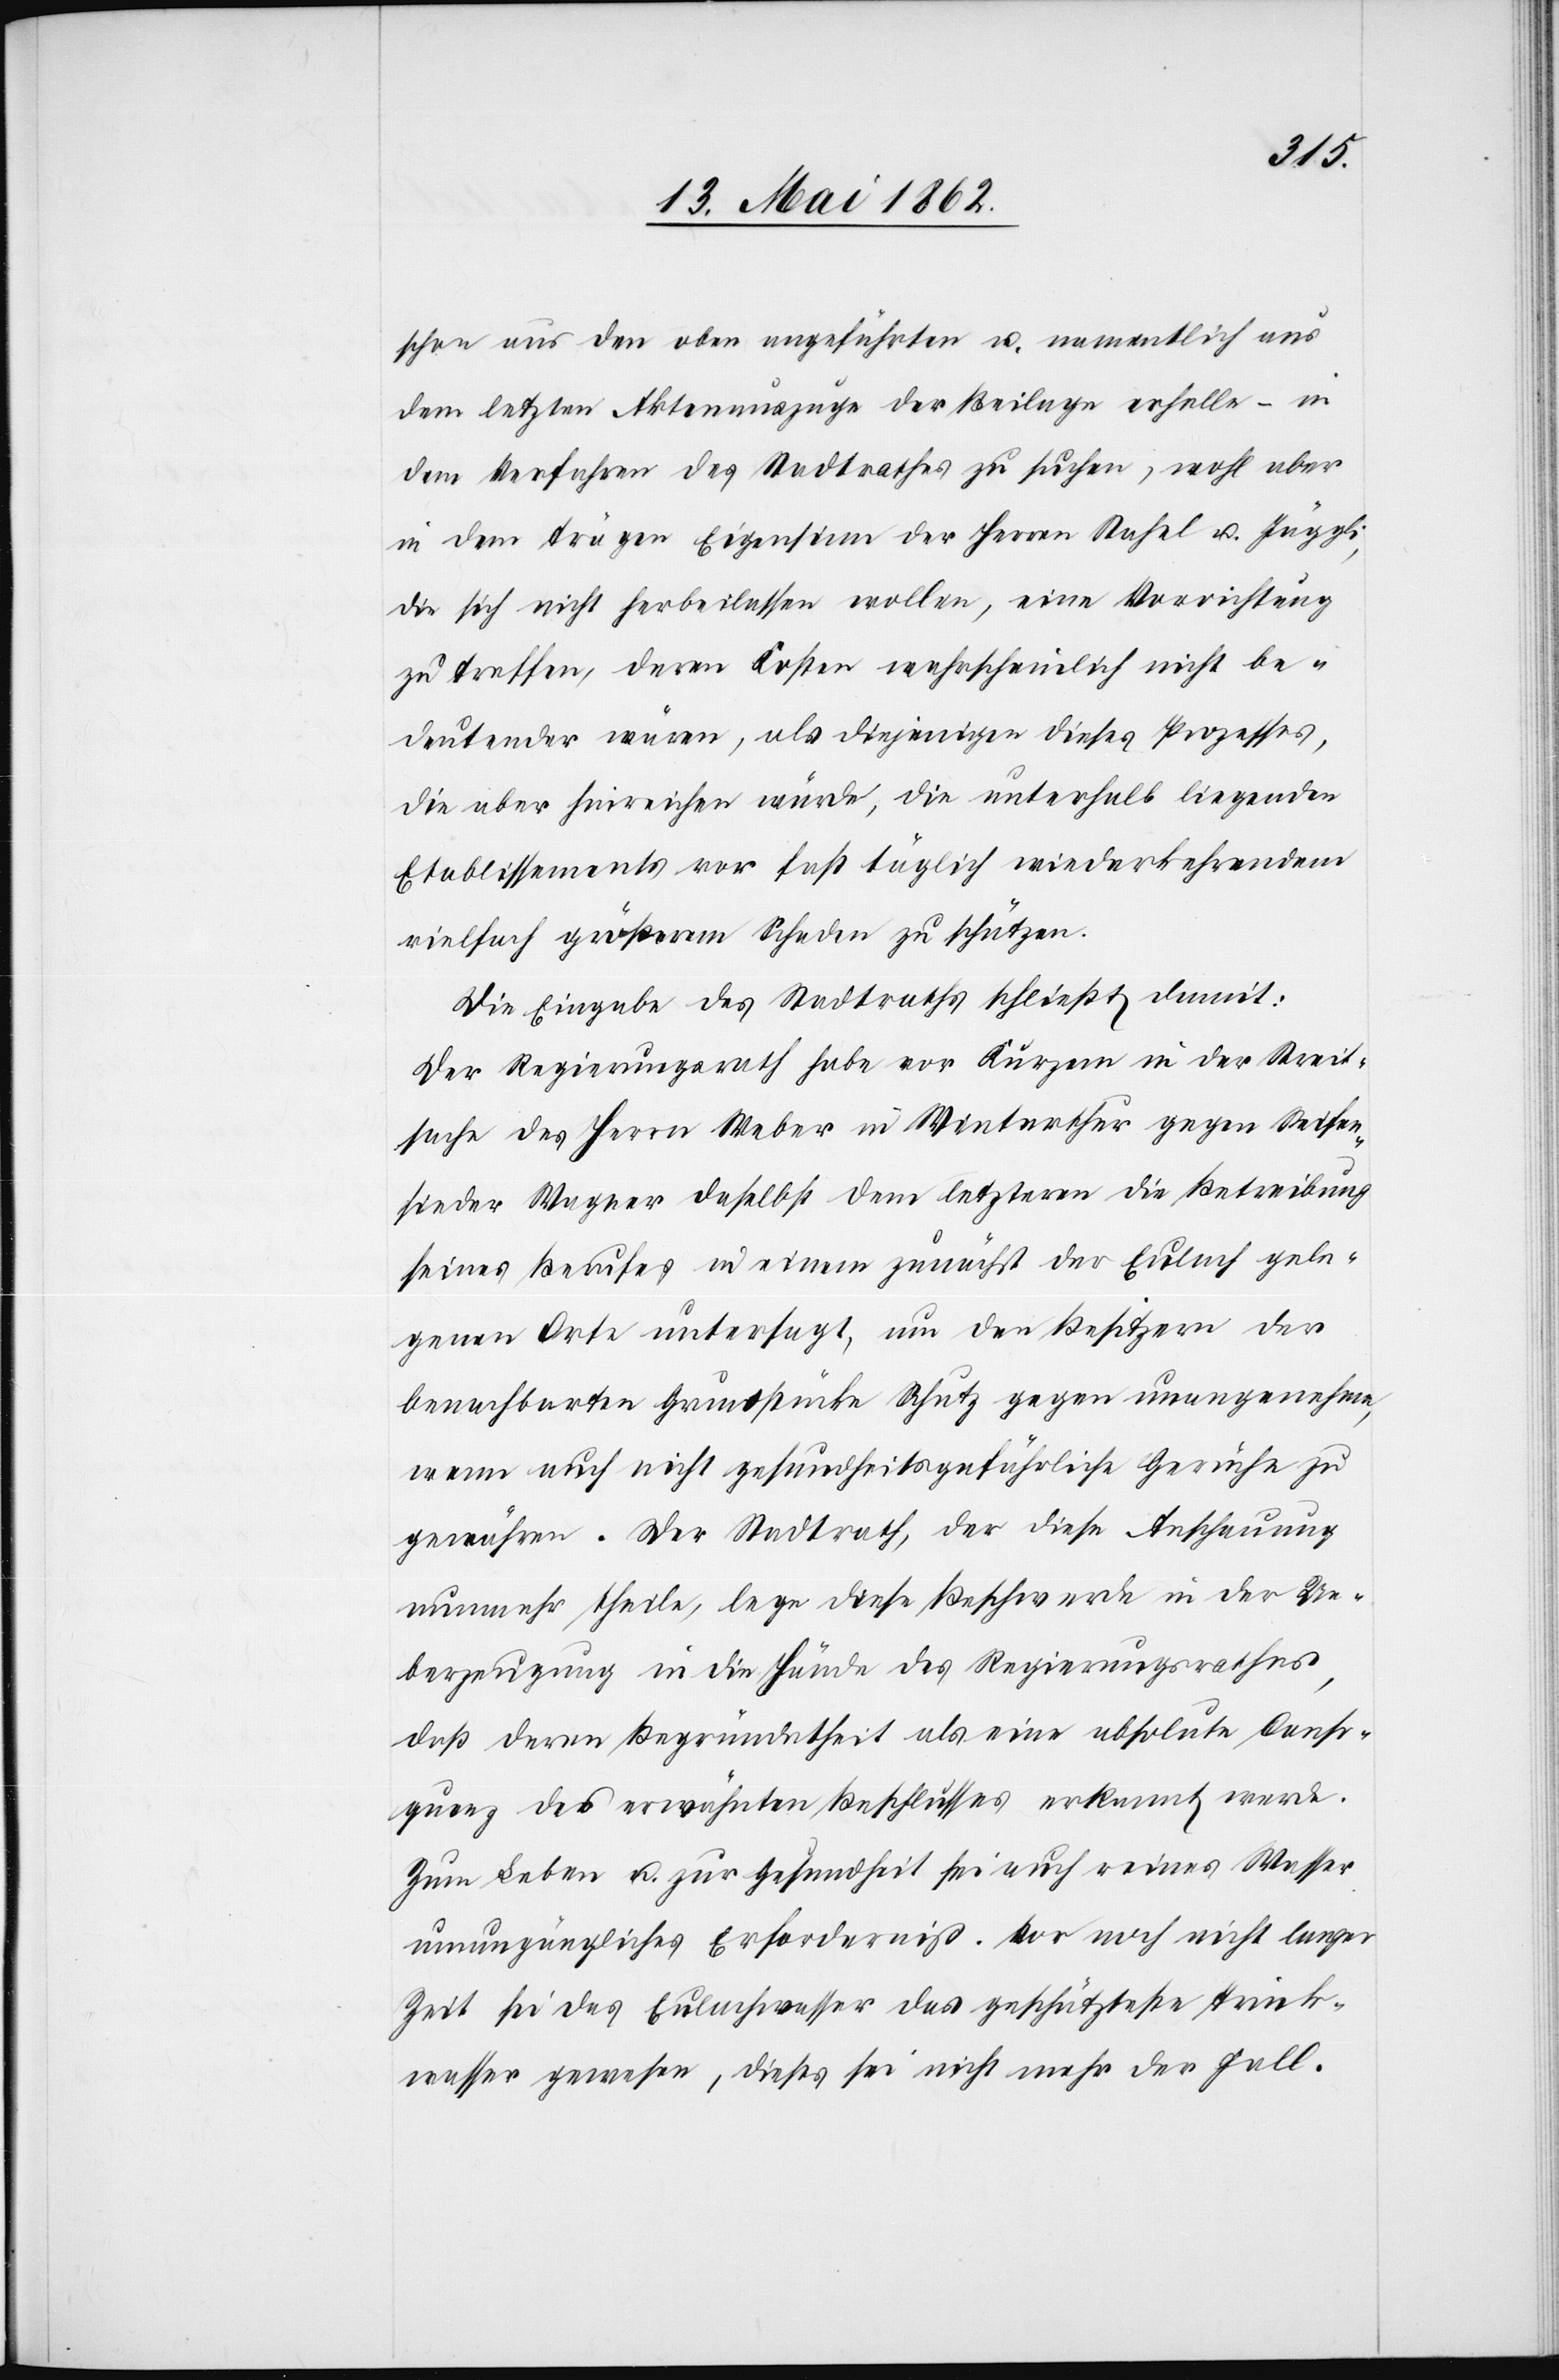
schon aus den oben angeführten u. namentlich aus
dem letzten Aktenauszuge der Beilage erhelle –in
dem Verfahren des Stadtrathes zu suchen, wohl aber
in dem trägen Eigenthum der Herren Stahel u. Jäggli,
die sich nicht herbeilassen wollen, eine Vorrichtung
zu treffen, deren Kosten wahrscheinlich nicht be¬
deutender wären, als diejenigen dieses Prozesses,
die aber hinreichen würde, die unterhalb liegenden
Etablissements vor fast täglich wiederkehrendem
vielfach größerem Schaden zu schützen.
Die Eingabe des Stadtrathes beschließt damit:
Der Regierungsrath habe vor Kurzem in der Streit¬
sache des Herrn Weber in Winterthur gegen Seifen¬
sieder Wagner daselbst dem letzteren die Betreibung
seines Berufes in einem zunächst der Eulach gele¬
genen Orte untersagt, um den Besitzern der
benachbarten Grundstücke Schutz gegen unangenehme,
wenn auch nicht gesundheitsgefährliche Gerüche zu
gewähren. Der Stadtrath, der diese Anschauung
nunmehr theile, lege diese Beschwerde in der Ue¬
berzeugung in die Hände des Regierungsrathes,
daß deren Begründetheit als eine absolute Conse¬
quenz des erwähnten Beschlusses erkannt werde.
Zum Leben u. zur Gesundheit sei auch reines Wasser
unumgängliches Erforderniß. Vor noch nicht langer
Zeit sie das Eulachwasser das geschützteste Trink¬
wasser gewesen, dieses sei nicht mehr der Fall.